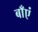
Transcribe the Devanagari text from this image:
बाँएं